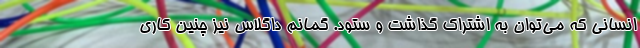
انسانی که می‌توان به اشتراک گذاشت و ستود. گمانم داگلاس نیز چنین کاری